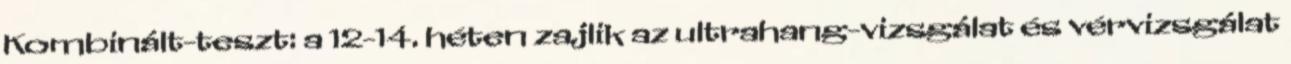
Kombinált-teszt: a 12-14. héten zajlik az ultrahang-vizsgálat és vérvizsgálat